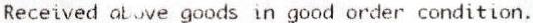
RECEIVED ABOVE GOODS IN GOOD ORDER CONDITION.